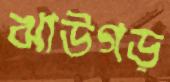
ঝাউগড়